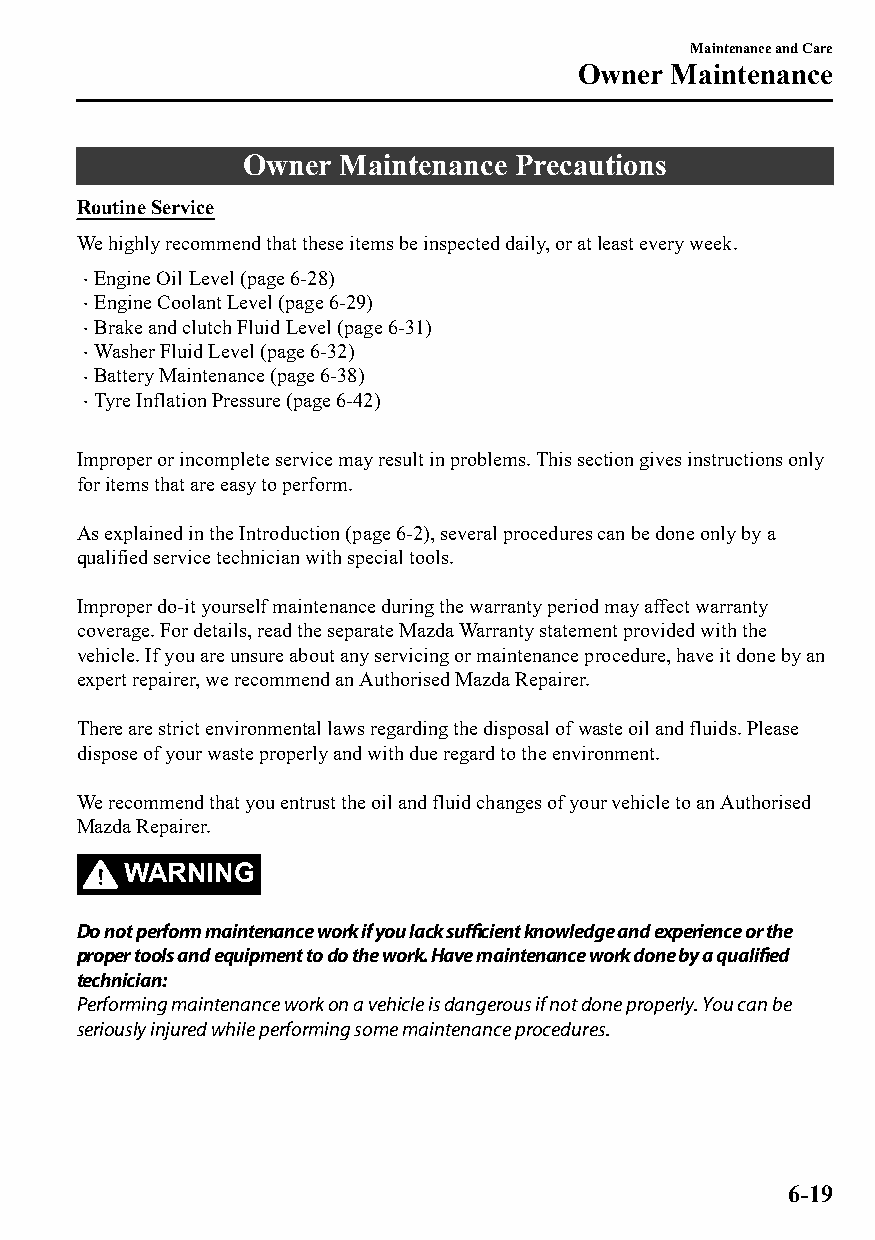
Maintenance and Care
 Owner Maintenance
 Owner Maintenance Precautions
 Routine Service
 We highly recommend that these items be inspected daily, or at least every week.
 Engine Oil Level (page 6-28)
 
 Engine Coolant Level (page 6-29)
 
 Brake and clutch Fluid Level (page 6-31)
 
 Washer Fluid Level (page 6-32)
 
 Battery Maintenance (page 6-38)
 
 Tyre Inflation Pressure (page 6-42)
 
 Improper or incomplete service may result in problems. This section gives instructions only
 for items that are easy to perform.
 As explained in the Introduction (page 6-2), several procedures can be done only by a
 qualified service technician with special tools.
 Improper do-it yourself maintenance during the warranty period may affect warranty
 coverage. For details, read the separate Mazda Warranty statement provided with the
 vehicle. If you are unsure about any servicing or maintenance procedure, have it done by an
 expert repairer, we recommend an Authorised Mazda Repairer.
 There are strict environmental laws regarding the disposal of waste oil and fluids. Please
 dispose of your waste properly and with due regard to the environment.
 We recommend that you entrust the oil and fluid changes of your vehicle to an Authorised
 Mazda Repairer.
 WARNING
 Do not perform maintenance work if you lack sufficient knowledge and experience or the
 proper tools and equipment to do the work. Have maintenance work done by a qualified
 technician:
 Performing maintenance work on a vehicle is dangerous if not done properly. You can be
 seriously injured while performing some maintenance procedures.
 6-19
 CX-3_8GT4-EE-18D_Edition4                  2018-9-6 18:32:19